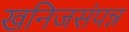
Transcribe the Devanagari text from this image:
खनिजसंपन्न